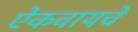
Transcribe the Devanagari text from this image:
ऐकवायचे